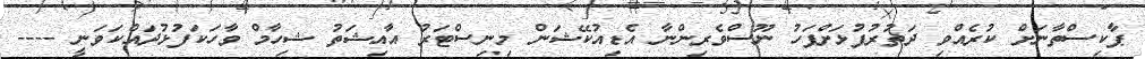
ޕާކިސްތާނަށް ކުރެއްވި ދަތުރުފުޅަށްފަހު ނޫސްވެރިންނާ އެޑިއުކޭޝަން މިނިސްޓަރު އާއިޝަތު ޝިހާމް ވާހަކަފުޅުދައްކަވަނީ ----